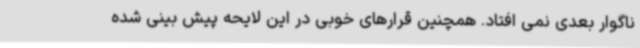
ناگوار بعدی نمی افتاد. همچنین قرارهای خوبی در این لایحه پیش بینی شده